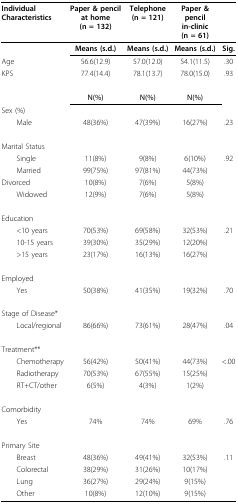
| Individual Characteristics | Paper & pencil at home(n = 132) | Telephone(n = 121) | Paper & pencil in-clinic(n = 61) |  |
 | --- | --- | --- | --- | --- |
 |  | Means (s.d.) | Means (s.d.) | Means (s.d.) | Sig. |
 | Age | 56.6(12.9) | 57.0(12.0) | 54.1(11.5) | .30 |
 | KPS | 77.4(14.4) | 78.1(13.7) | 78.0(15.0) | .93 |
 |  | N(%) | N(%) | N(%) |  |
 | Sex (%) |  |  |  |  |
 | Male | 48(36%) | 47(39%) | 16(27%) | .23 |
 | Marital Status |  |  |  |  |
 | Single | 11(8%) | 9(8%) | 6(10%) | .92 |
 | Married | 99(75%) | 97(81%) | 44(73%) |  |
 | Divorced | 10(8%) | 7(6%) | 5(8%) |  |
 | Widowed | 12(9%) | 7(6%) | 5(8%) |  |
 | Education |  |  |  |  |
 | <10 years | 70(53%) | 69(58%) | 32(53%) | .21 |
 | 10-15 years | 39(30%) | 35(29%) | 12(20%) |  |
 | >15 years | 23(17%) | 16(13%) | 16(27%) |  |
 | Employed |  |  |  |  |
 | Yes | 50(38%) | 41(35%) | 19(32%) | .70 |
 | Stage of Disease* |  |  |  |  |
 | Local/regional | 86(66%) | 73(61%) | 28(47%) | .04 |
 | Treatment** |  |  |  |  |
 | Chemotherapy | 56(42%) | 50(41%) | 44(73%) | <.00 |
 | Radiotherapy | 70(53%) | 67(55%) | 15(25%) |  |
 | RT+CT/other | 6(5%) | 4(3%) | 1(2%) |  |
 | Comorbidity |  |  |  |  |
 | Yes | 74% | 74% | 69% | .76 |
 | Primary Site |  |  |  |  |
 | Breast | 48(36%) | 49(41%) | 32(53%) | .11 |
 | Colorectal | 38(29%) | 31(26%) | 10(17%) |  |
 | Lung | 36(27%) | 29(24%) | 9(15%) |  |
 | Other | 10(8%) | 12(10%) | 9(15%) |  |